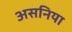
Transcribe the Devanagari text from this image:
असनिया